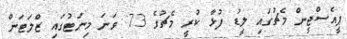
ޕީއެސްޖީން މެޗުގައި ލީޑު ފުޅާ ކުރީ މެޗުގެ 73 ވަނަ މިނަޓުގައި ޒްލަޓަން